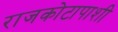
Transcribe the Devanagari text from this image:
राजकोटापाशी